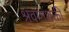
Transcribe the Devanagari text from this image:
श्रवणशक्ती